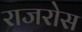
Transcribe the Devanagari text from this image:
राजरोस